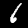
Label: 6